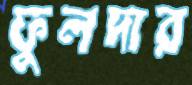
ফুলদার